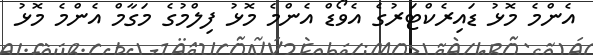
އެންމެ މޮޅު ޑައިރެކްޓަރުގެ އެވޯޑް އެންމެ މޮޅު ފިލްމުގެ މަގާމް އެންމެ މޮޅު